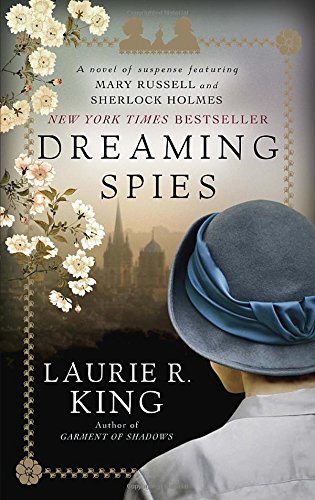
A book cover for Dreaming Spies: A novel of suspense featuring Mary Russell and Sherlock Holmes; Laurie R. King; Mystery, Thriller & Suspense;